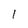
Character: 1